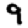
Digit: 9